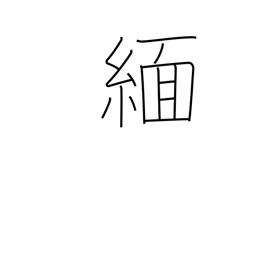
Meaning: Burma